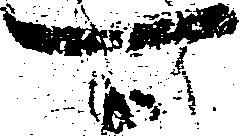
可